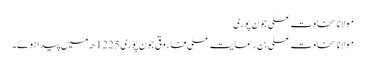
مولانا سخاوت علی جون پوری
مولانا سخاوت علی بن رعایت علی فاروقی جون پوری 1225ھ میں پیدا ہوئے۔